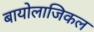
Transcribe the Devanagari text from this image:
बायोलाजिकल